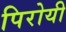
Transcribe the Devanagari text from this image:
पिरोयी